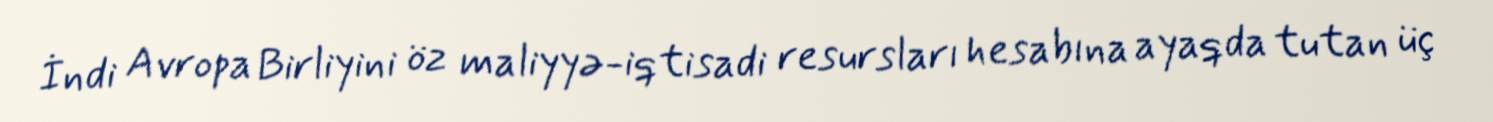
İndi Avropa Birliyini öz maliyyə-iqtisadi resursları hesabına ayaqda tutan üç